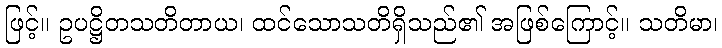
ဖြင့်။ ဥပဋ္ဌိတသတိတာယ၊ ထင်သောသတိရှိသည်၏ အဖြစ်ကြောင့်။ သတိမာ၊